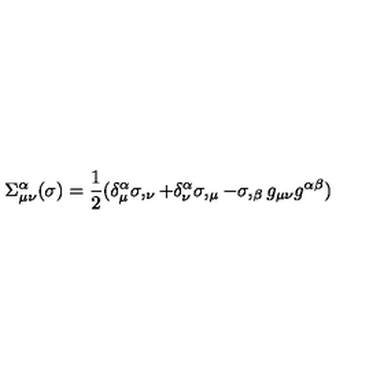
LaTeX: \Sigma _ { \mu \nu } ^ { \alpha } ( \sigma ) = \frac { 1 } { 2 } ( \delta _ { \mu } ^ { \alpha } \sigma , _ { \nu } + \delta _ { \nu } ^ { \alpha } \sigma , _ { \mu } - \sigma , _ { \beta } g _ { \mu \nu } g ^ { \alpha \beta } )